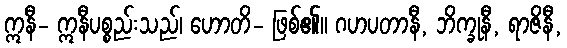
ဣနီ- ဣနီပစ္စည်းသည်၊ ဟောတိ- ဖြစ်၏။ ဂဟပတာနီ, ဘိက္ခုနီ, ရာဇိနီ,